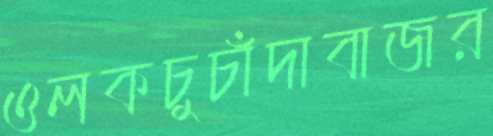
ওলকচুচাঁদাবাজর